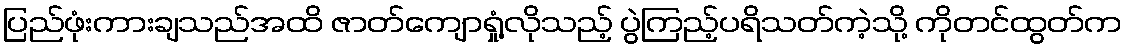
ပြည်ဖုံးကားချသည်အထိ ဇာတ်ကျောရှုံ့လိုသည့် ပွဲကြည့်ပရိသတ်ကဲ့သို့ ကိုတင်ထွတ်က